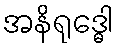
အနိရုဒ္ဓေါ